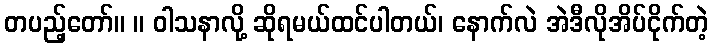
တပည့်တော်။ ။ ဝါသနာလို့ ဆိုရမယ်ထင်ပါတယ်၊ နောက်လဲ အဲဒီလိုအိပ်ငိုက်တဲ့